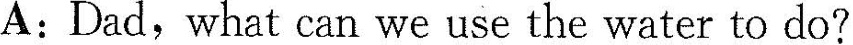
A: Dad,what can we use the water to do?